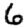
Digit: 6